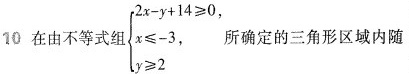
10 在由不等式组$$\left\{ \begin{matrix} 2x-y+14 \geq 0, \\ x \leq -3, \\ y \geq 2 \end{matrix} \right.$$ 所确定的三角形区域内随